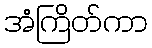
အံကြိတ်ကာ